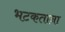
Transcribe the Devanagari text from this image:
भटकताना